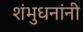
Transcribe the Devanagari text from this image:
शंभुधनांनी